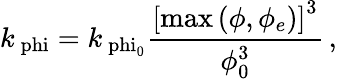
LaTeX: k_{\mathrm{\ phi}}=k_{\mathrm{\ phi_{\mathrm{0}}}}\frac{\left[\mathrm{max}\left(\phi,\phi_{e}\right)\right]^{3}}{\phi_{\mathrm{0}}^{3}}\, ,